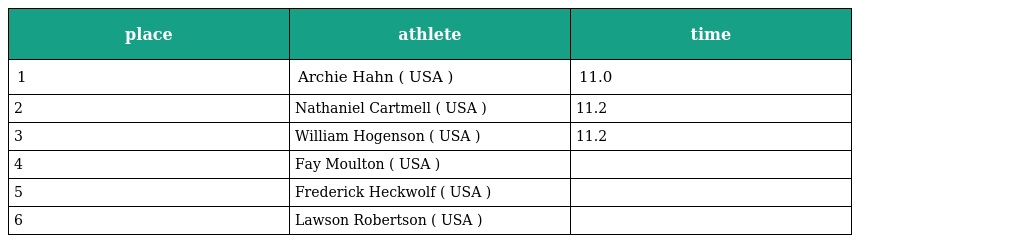
| place | athlete | time |
 | --- | --- | --- |
 | 1 | Archie Hahn ( USA ) | 11.0 |
 | 2 | Nathaniel Cartmell ( USA ) | 11.2 |
 | 3 | William Hogenson ( USA ) | 11.2 |
 | 4 | Fay Moulton ( USA ) |  |
 | 5 | Frederick Heckwolf ( USA ) |  |
 | 6 | Lawson Robertson ( USA ) |  |